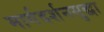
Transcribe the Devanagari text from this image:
मार्गदर्शनसुद्धा